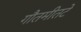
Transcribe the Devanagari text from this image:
गौतमीतटे